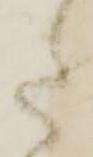
た